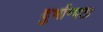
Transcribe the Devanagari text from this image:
दुर्भाग्यता